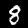
Label: 8